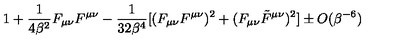
1 + \frac { 1 } { 4 \beta ^ { 2 } } F _ { \mu \nu } F ^ { \mu \nu } - \frac { 1 } { 3 2 \beta ^ { 4 } } [ ( F _ { \mu \nu } F ^ { \mu \nu } ) ^ { 2 } + ( F _ { \mu \nu } \tilde { F } ^ { \mu \nu } ) ^ { 2 } ] \pm O ( \beta ^ { - 6 } )